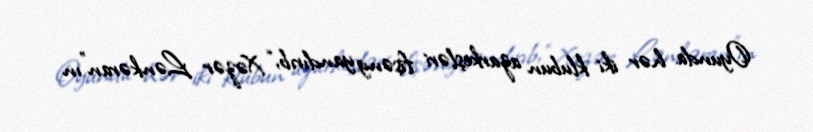
Oyunda hər iki klubun azarkeşləri fişəng yandırıb, “Xəzər Lənkəran”ın